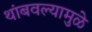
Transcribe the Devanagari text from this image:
थांबवल्यामुळे